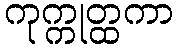
ကုက္ကုတ္ထကာ